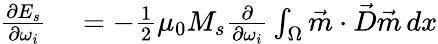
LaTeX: \begin{array}{rl}{\frac{\partial E_{s}}{\partial\omega_{i}}}&{{}=-\frac{1}{2}\mu_{0}M_{s}\frac{\partial}{\partial\omega_{i}}\int_{\Omega}\vec{m}\cdot\vec{D}\vec{m}\, dx}\end{array}